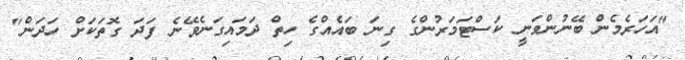
"އަހަރެމެން ބޭނުންވަނީ ކަސްޓަމަރުންގެ ގިނަ ބައެއްގެ ހިތް ދަމައިގަނެވޭނެ ފަދަ ގޮތަކަށް ހަދަން"